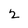
Character: 2